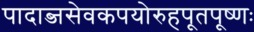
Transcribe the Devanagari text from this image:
पादाब्जसेवकपयोरुहपूतपूष्णः